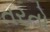
તરતો